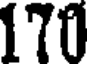
170